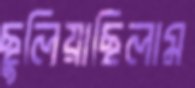
ছুলিয়াছিলাম